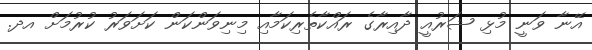
އޭނާ ވަނީ މުޅި ޝަރުއީ ދާއިރާގެ ރައްކާތެރިކަމާއި މިނިވަންކަން ކަށަވަރު ކުރުމަށް އދ.